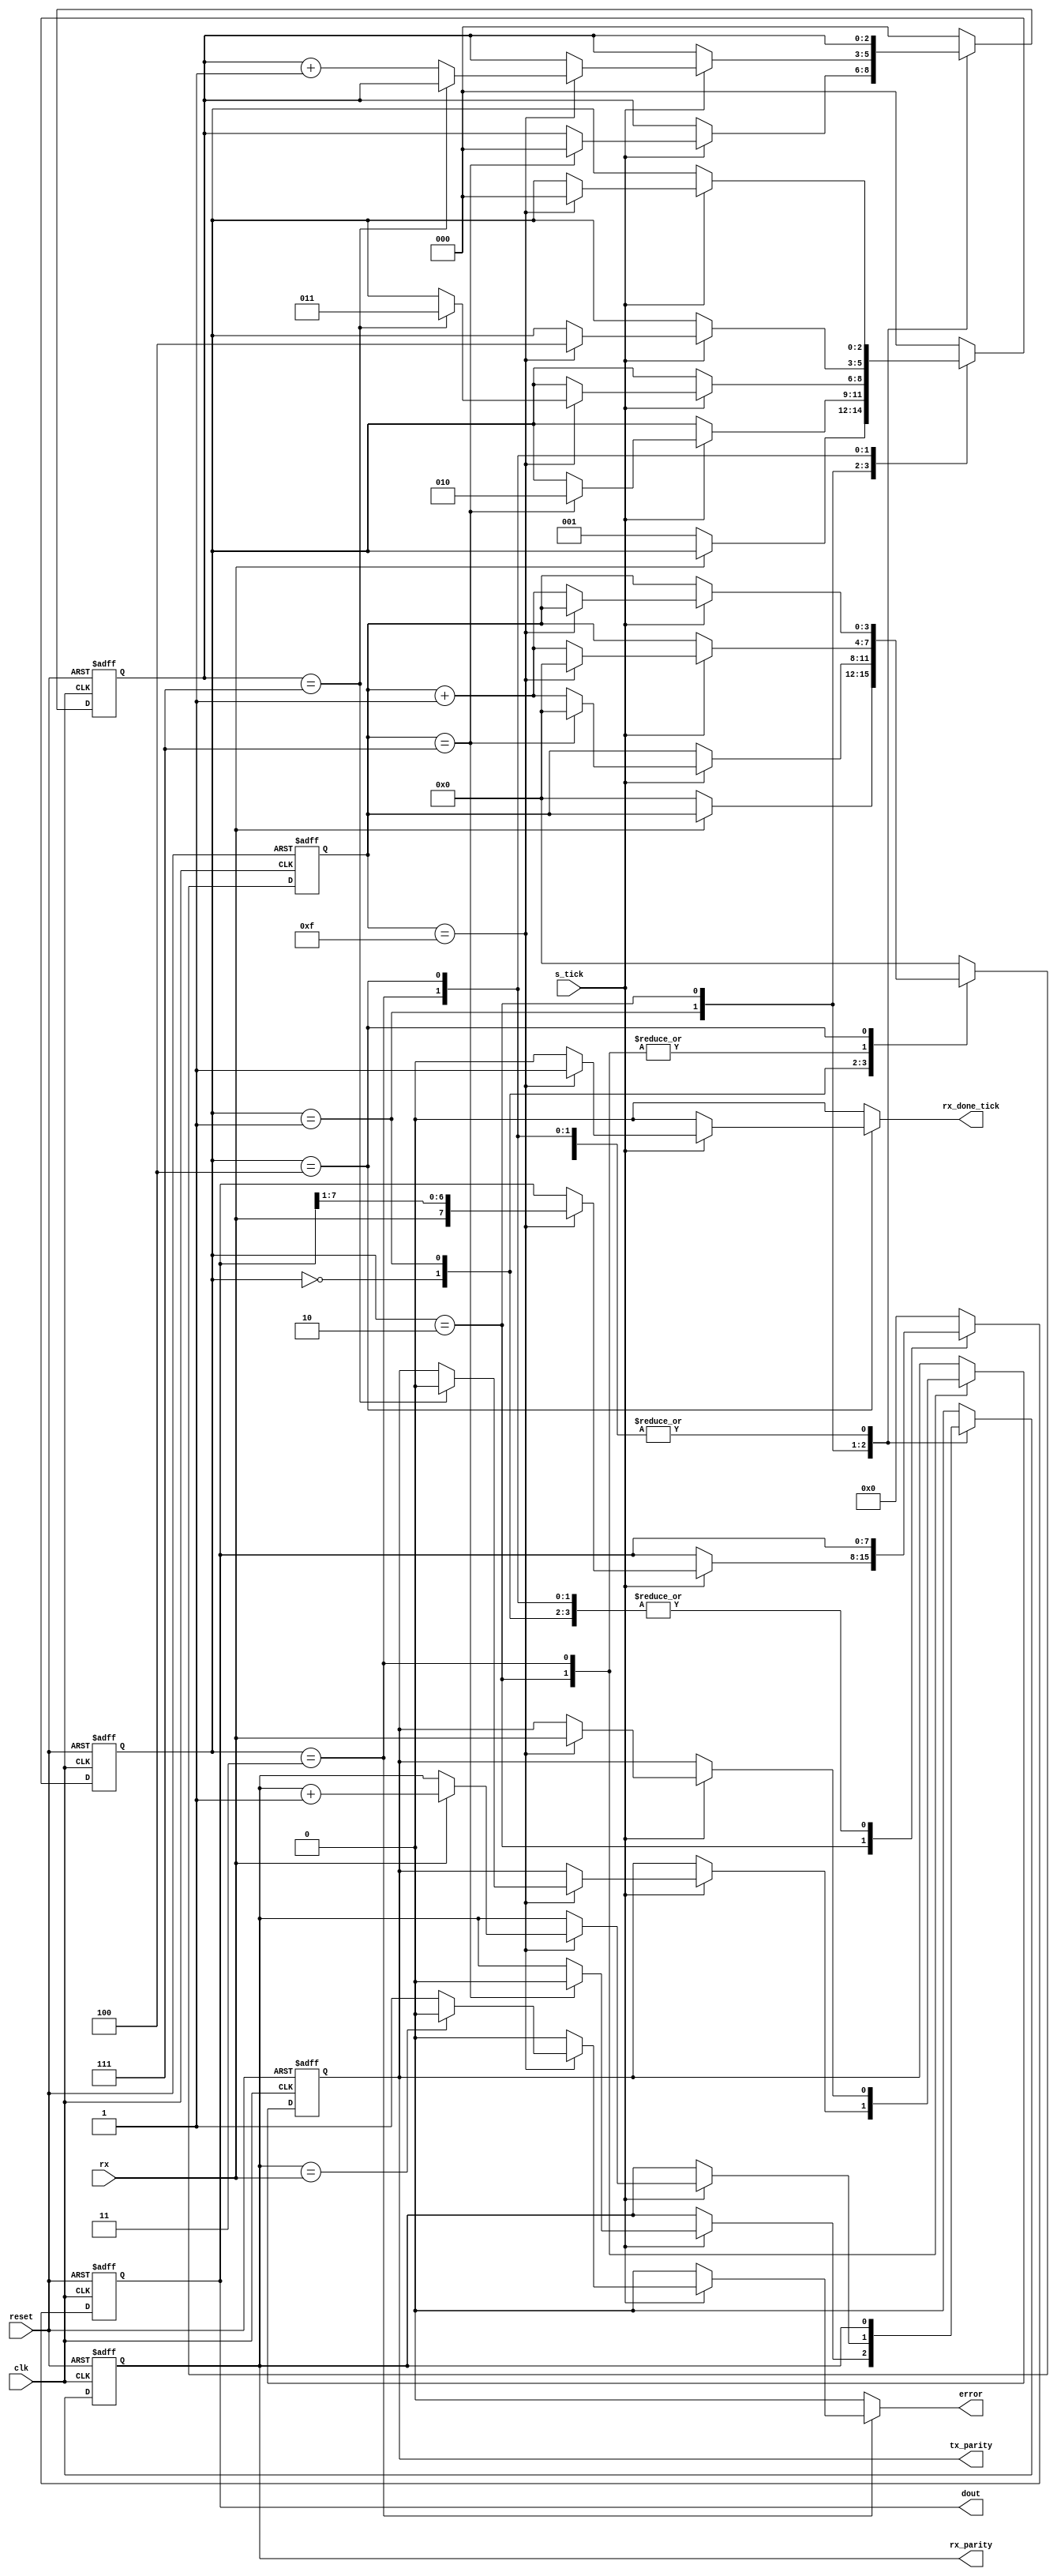
//Listing 8.1
module uart_rx
   #(
     parameter DBIT = 8,     // # DATA bits
               SB_TICK = 16  // # ticks for STOP bits
   )
   (
    input wire clk, reset,
    input wire rx, s_tick,
    output reg rx_done_tick,
    output wire rx_parity,
    output wire tx_parity,
    output reg error,		//1 - parity mismatch, 0 parity match
    output wire [7:0] dout
   );

   // symbolic state declaration
   localparam [2:0]
      IDLE  = 3'b000,
      START = 3'b001,
      DATA  = 3'b010,
      PARITY = 3'b011,
		STOP  = 3'b100;
		
   // signal declaration
   reg [2:0] state_reg, state_next;
   reg [3:0] s_reg, s_next;
   reg [2:0] n_reg, n_next;
   reg [7:0] b_reg, b_next;
   reg p_reg, p_next;	//rolling values, between 0 and 1
   reg tx_buf, tx_buf_next;
  
  // body
   // FSMD state & DATA registers
   always @(posedge clk, posedge reset)
      if (reset)
         begin
            state_reg <= IDLE;
            s_reg <= 0;
            n_reg <= 0;
            b_reg <= 0;
	    p_reg <= 0;
	    tx_buf <= 0;
         end
      else
         begin
            state_reg <= state_next;
            s_reg <= s_next;
            n_reg <= n_next;
            b_reg <= b_next;
	    p_reg <= p_next;
	    tx_buf <= tx_buf_next;
         end

   // FSMD next-state logic
   always @*
   begin
      state_next = state_reg;
      rx_done_tick = 1'b0;
      s_next = s_reg;
      n_next = n_reg;
      b_next = b_reg;
      p_next = p_reg;
      tx_buf_next = tx_buf;
      //instantiate output
      error = 0;
      case (state_reg)
         IDLE:
            if (~rx)
               begin
                  state_next = START;
                  s_next = 0;
               end
         START:
            if (s_tick)
               if (s_reg==7)
                  begin
                     state_next = DATA;
                     s_next = 0;
                     n_next = 0;
		     p_next = 0;
                  end
               else
                  s_next = s_reg + 1;
         DATA:
            if (s_tick)
               if (s_reg==15)
                  begin
                     s_next = 0;
                     b_next = {rx, b_reg[7:1]};
		     p_next = (rx) ? p_reg + 1: p_reg;
                     if (n_reg==(DBIT-1)) 
		       begin
		         state_next = PARITY;
			 tx_buf_next = 0;
			 error = 0;
	               end
		     else
                        n_next = n_reg + 1;
                   end
               else
                  s_next = s_reg + 1;
	  PARITY:
	     if(s_tick)
	        if(s_reg ==15)
		    begin
		      s_next = 0;
		      tx_buf_next = rx;
		      state_next = STOP;
		      error = (p_reg  == rx) ? 0 : 1; //1 - parity mismatch, 0 parity match
		    end
		else
		     s_next = s_reg + 1;
         STOP:
            if (s_tick)
               if (s_reg==(SB_TICK-1))
                  begin
                     state_next = IDLE;
                     rx_done_tick =1'b1;
                  end
               else
                  s_next = s_reg + 1;
         default: begin
	    state_next = IDLE;
	    rx_done_tick = 1'b0;
	    s_next = 0;
            n_next = 0;
            b_next = 0;
	    p_next = 0;
         end
      endcase
   end
   // output
   assign dout = b_reg;
   assign rx_parity = p_reg;
   assign tx_parity = tx_buf;
	
endmodule